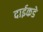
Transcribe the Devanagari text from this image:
दाईकडे